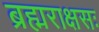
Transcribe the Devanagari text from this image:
ब्रह्मराक्षसः